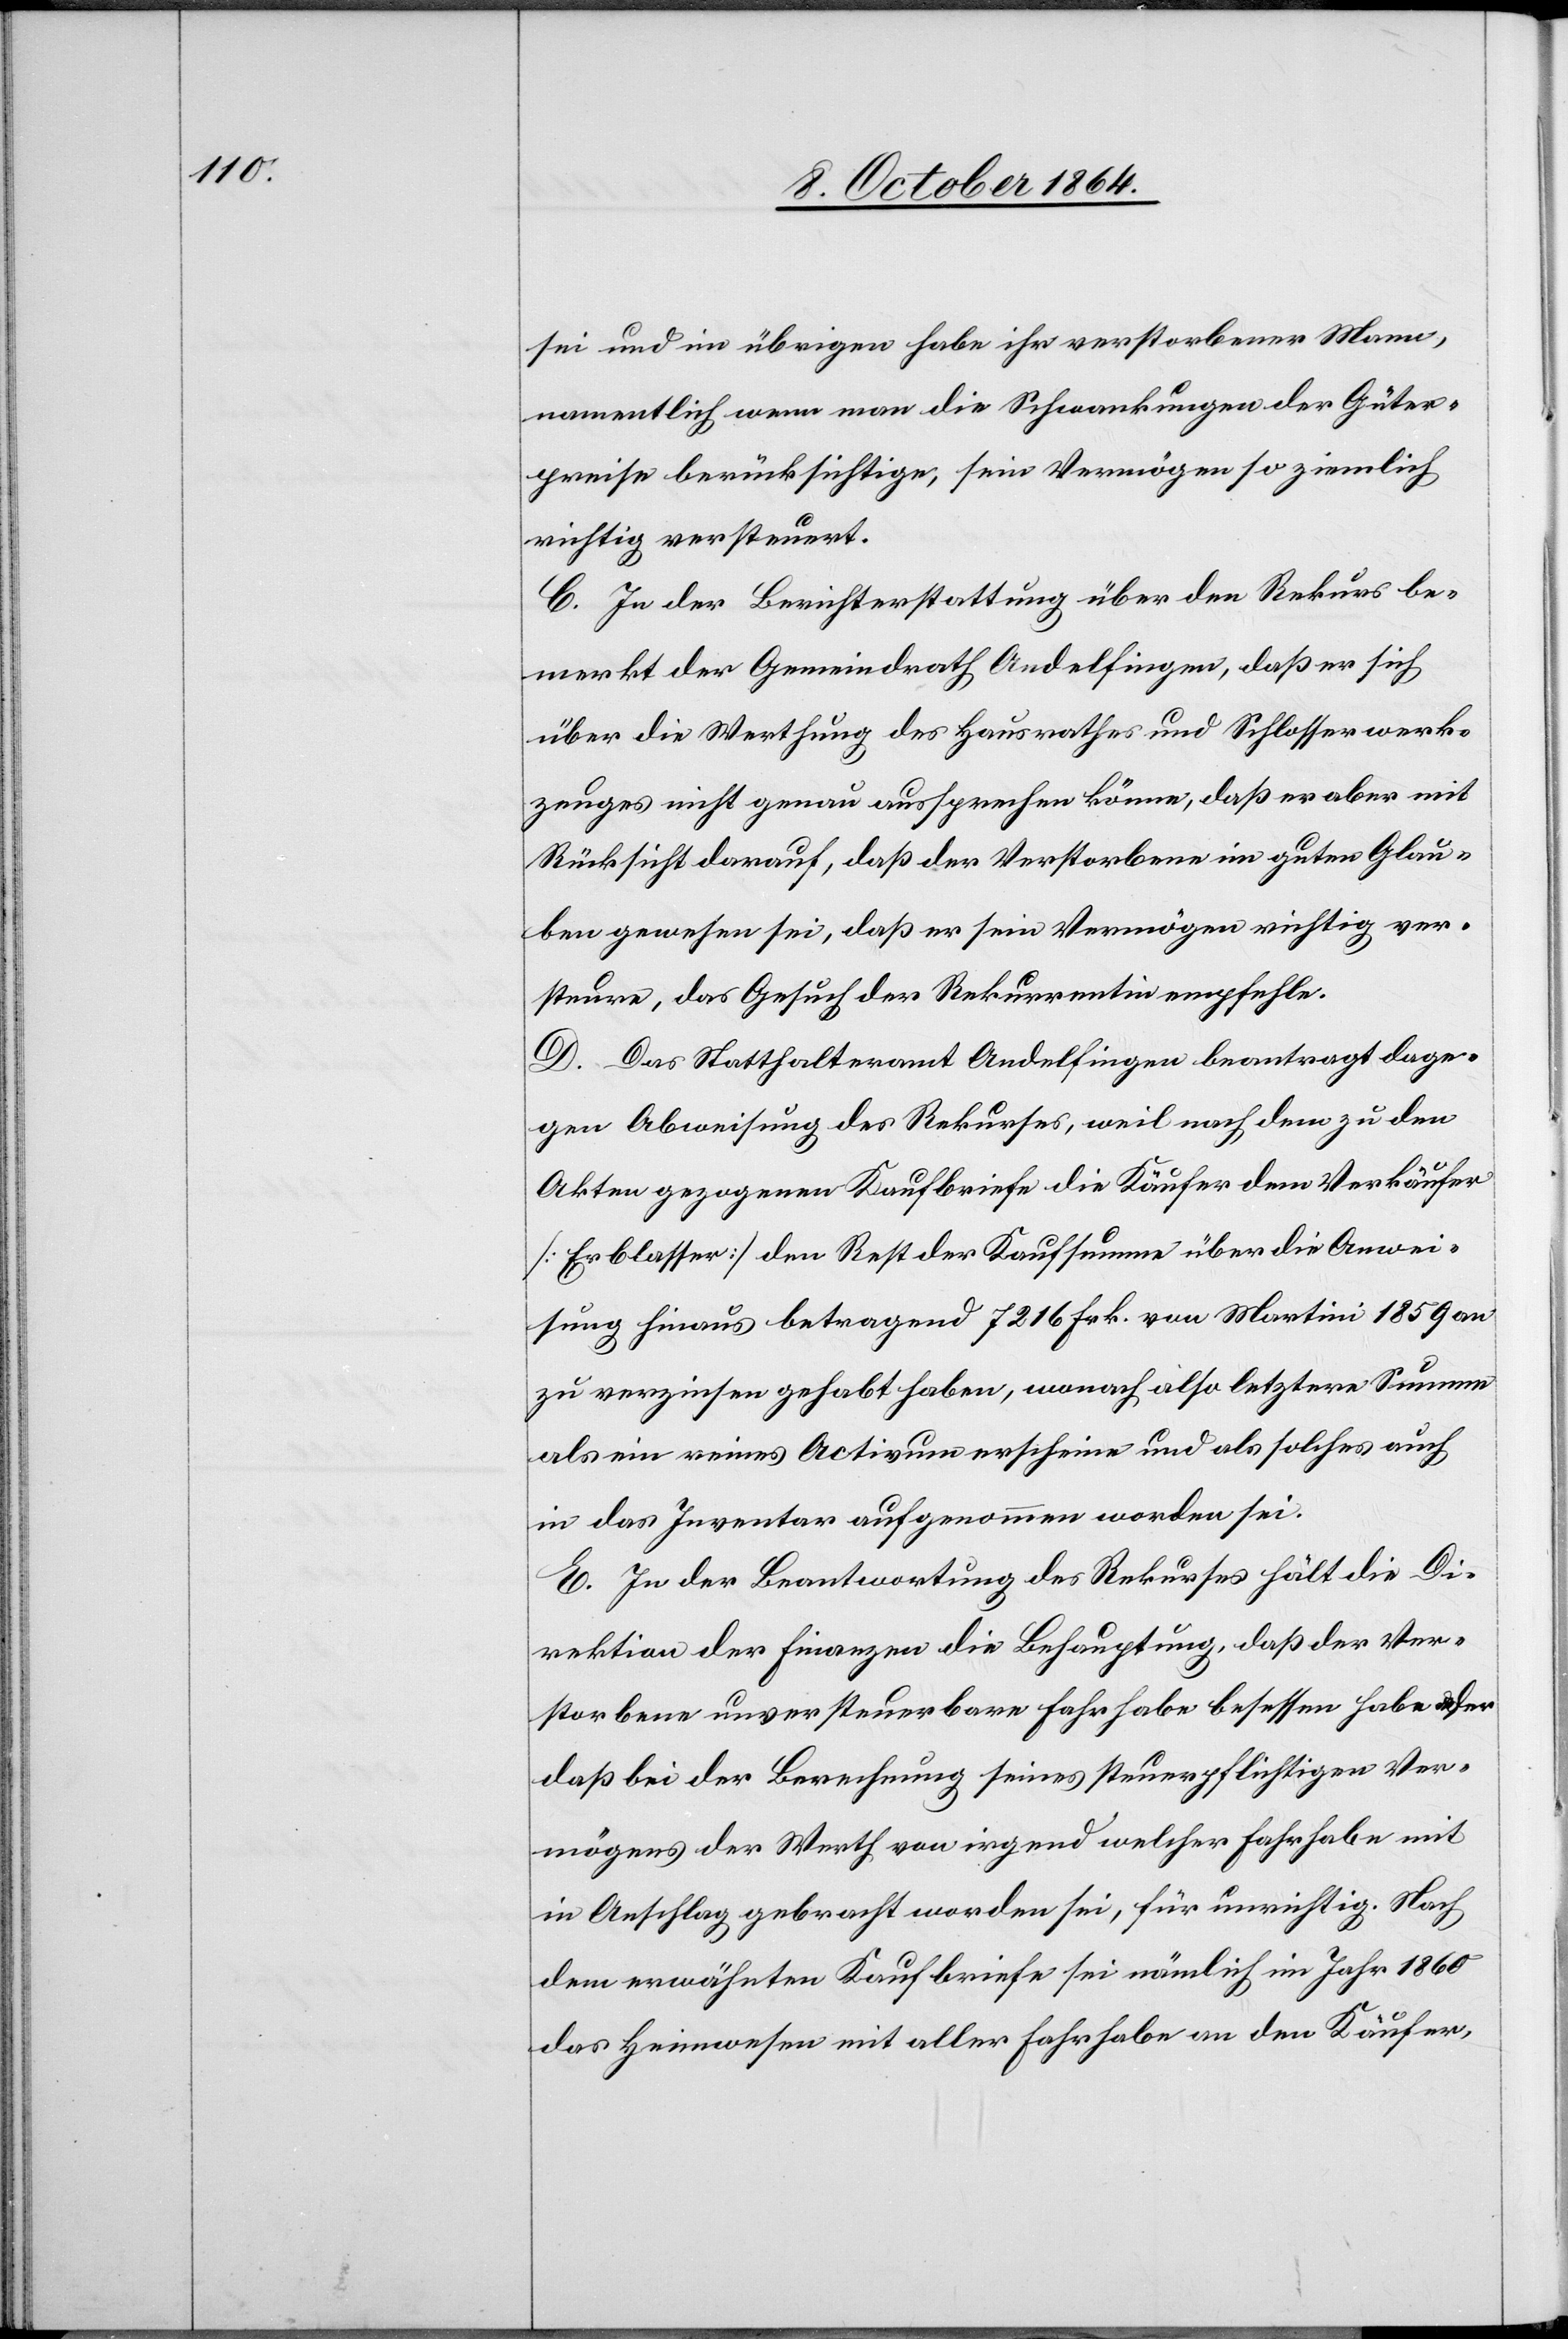
sei und im übrigen habe ihr verstorbener Mann,
namentlich wenn man die Schwankungen der Güter¬
preise berücksichtige, sein Vermögen so ziemlich
richtig versteuert.
C. In der Berichterstattung über den Rekurs be¬
merkt der Gemeindrath Andelfingen, daß er sich
über die Werthung des Hausrathes und Schlosserwerks¬
zeuges nicht genau aussprechen könne, daß er aber mit
Rücksicht darauf, daß der Verstorbene im guten Glau¬
ben gewesen sei, daß er sein Vermögen richtig ver¬
steure, das Gesuch der Rekurrentin empfehle.
D. Das Statthalteramt Andelfingen beantragt dage¬
gen Abweisung des Rekurses, weil nach dem zu den
Akten gezogenen Kaufbriefe die Käufer dem Verkäufer
[Erblasser] den Rest der Kaufsumme über die Anwei¬
sung hinaus betragend 7216 Frk. von Martini 1859 an
zu verzinsen gehabt haben, wonach also letztere Summe
als ein reines Activum erscheine und als solches auch
in das Inventar aufgenommen worden sei.
E. In der Beantwortung des Rekurses hält die Di¬
rektion der Finanzen die Behauptung, daß der Ver¬
storbene unversteuerbare Fahrhabe beschlossen habe oder
daß bei der Berechnung seines steuerpflichtigen Ver¬
mögens der Werth von irgend welcher Fahrhabe mit
in Anschlag gebracht worden sei, für unrichtig. Nach
dem erwähnten Kaufbriefe sei nämlich im Jahr 1860
das Heimwesen mit aller Fahrhabe an den Käufer,